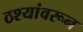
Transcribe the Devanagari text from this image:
ठश्यांवरून